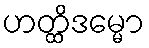
ဟတ္ထိဒမ္မော